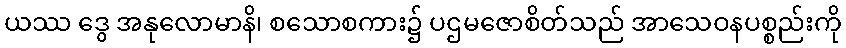
ယဿ ဒွေ အနုလောမာနိ၊ စသောစကား၌ ပဌမဇောစိတ်သည် အာသေဝနပစ္စည်းကို